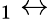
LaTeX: _1\leftrightarrow